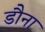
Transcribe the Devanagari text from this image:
डौना